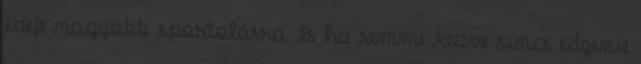
ideje nagyobb sportolásra, és ha semmi kedve sincs edzenie